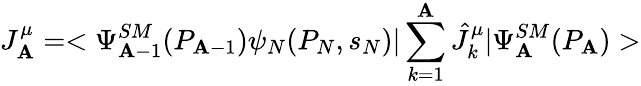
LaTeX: J_{\mathbf{A}}^{\mu}=<\Psi_{\mathbf{A}-1}^{SM}(P_{\mathbf{A}-1})\psi_{N}(P_{N},s_{N})|\sum_{k=1}^{\mathbf{A}}\hat{{J}}_{k}^{\mu}|\Psi_{\mathbf{A}}^{SM}(P_{\mathbf{A}})>